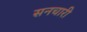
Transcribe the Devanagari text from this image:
सनचारी